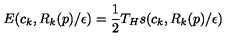
E ( c _ { k } , R _ { k } ( p ) / \epsilon ) = \frac 1 2 T _ { H } s ( c _ { k } , R _ { k } ( p ) / \epsilon ) ~